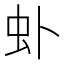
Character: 虲